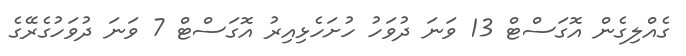
ގެއްލިގެން އޮގަސްޓް 13 ވަނަ ދުވަހު ހުށަހެޅިއިރު އޮގަސްޓް 7 ވަނަ ދުވަހުގެރޭގެ